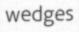
wedges